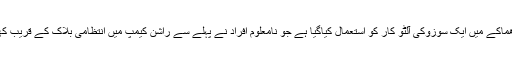
انہوں نے کہا کہ دھماکے میں ایک سوزوکی آلٹو کار کو استعمال کیاگیا ہے جو نامعلوم افراد نے پہلے سے راشن کیمپ میں انتظامی بلاک کے قریب کھڑی کی ہوئی تھی۔